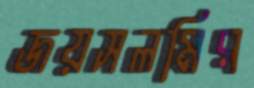
জয়সলমির